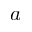
a